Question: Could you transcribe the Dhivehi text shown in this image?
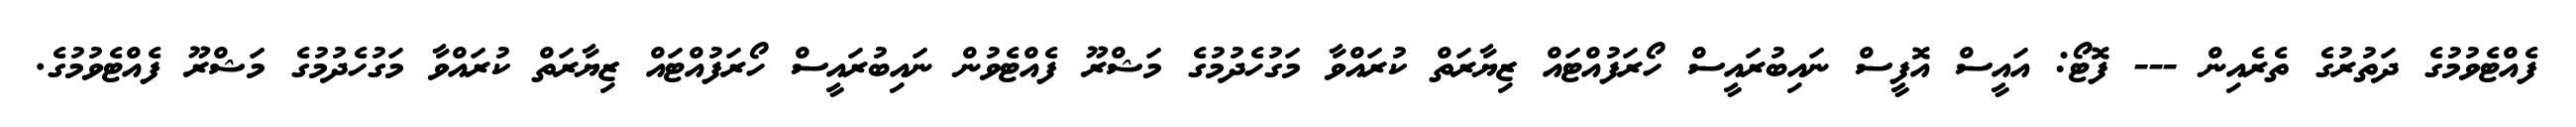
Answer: ފެއްޓެވުމުގެ ދަތުރުގެ ތެރެއިން --- ފޮޓޯ: އައީސް އޮފީސް ނައިބުރައީސް ހޯރަފުއްޓައް ޒިޔާރަތް ކުރައްވާ މަގުހެދުމުގެ މަޝްރޫ ފެއްޓެވުން ނައިބުރައީސް ހޯރަފުއްޓައް ޒިޔާރަތް ކުރައްވާ މަގުހެދުމުގެ މަޝްރޫ ފެއްޓެވުމުގެ.